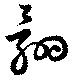
翾